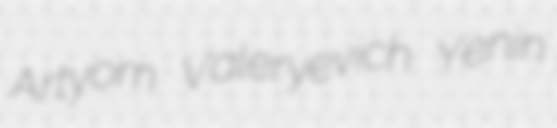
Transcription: Artyom Valeryevich Yenin